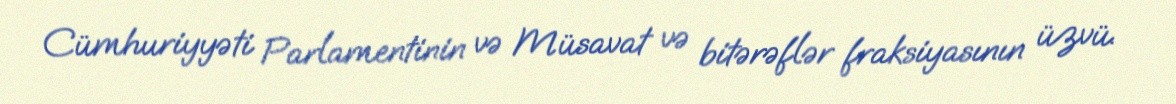
Cümhuriyyəti Parlamentinin və Müsavat və bitərəflər fraksiyasının üzvü.